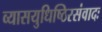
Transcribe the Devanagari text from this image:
व्यासयुधिष्ठिरसंवादः